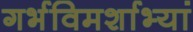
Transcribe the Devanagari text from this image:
गर्भविमर्शाभ्यां